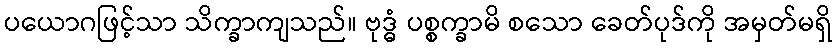
ပယောဂဖြင့်သာ သိက္ခာကျသည်။ ဗုဒ္ဓံ ပစ္စက္ခာမိ စသော ခေတ်ပုဒ်ကို အမှတ်မရှိ